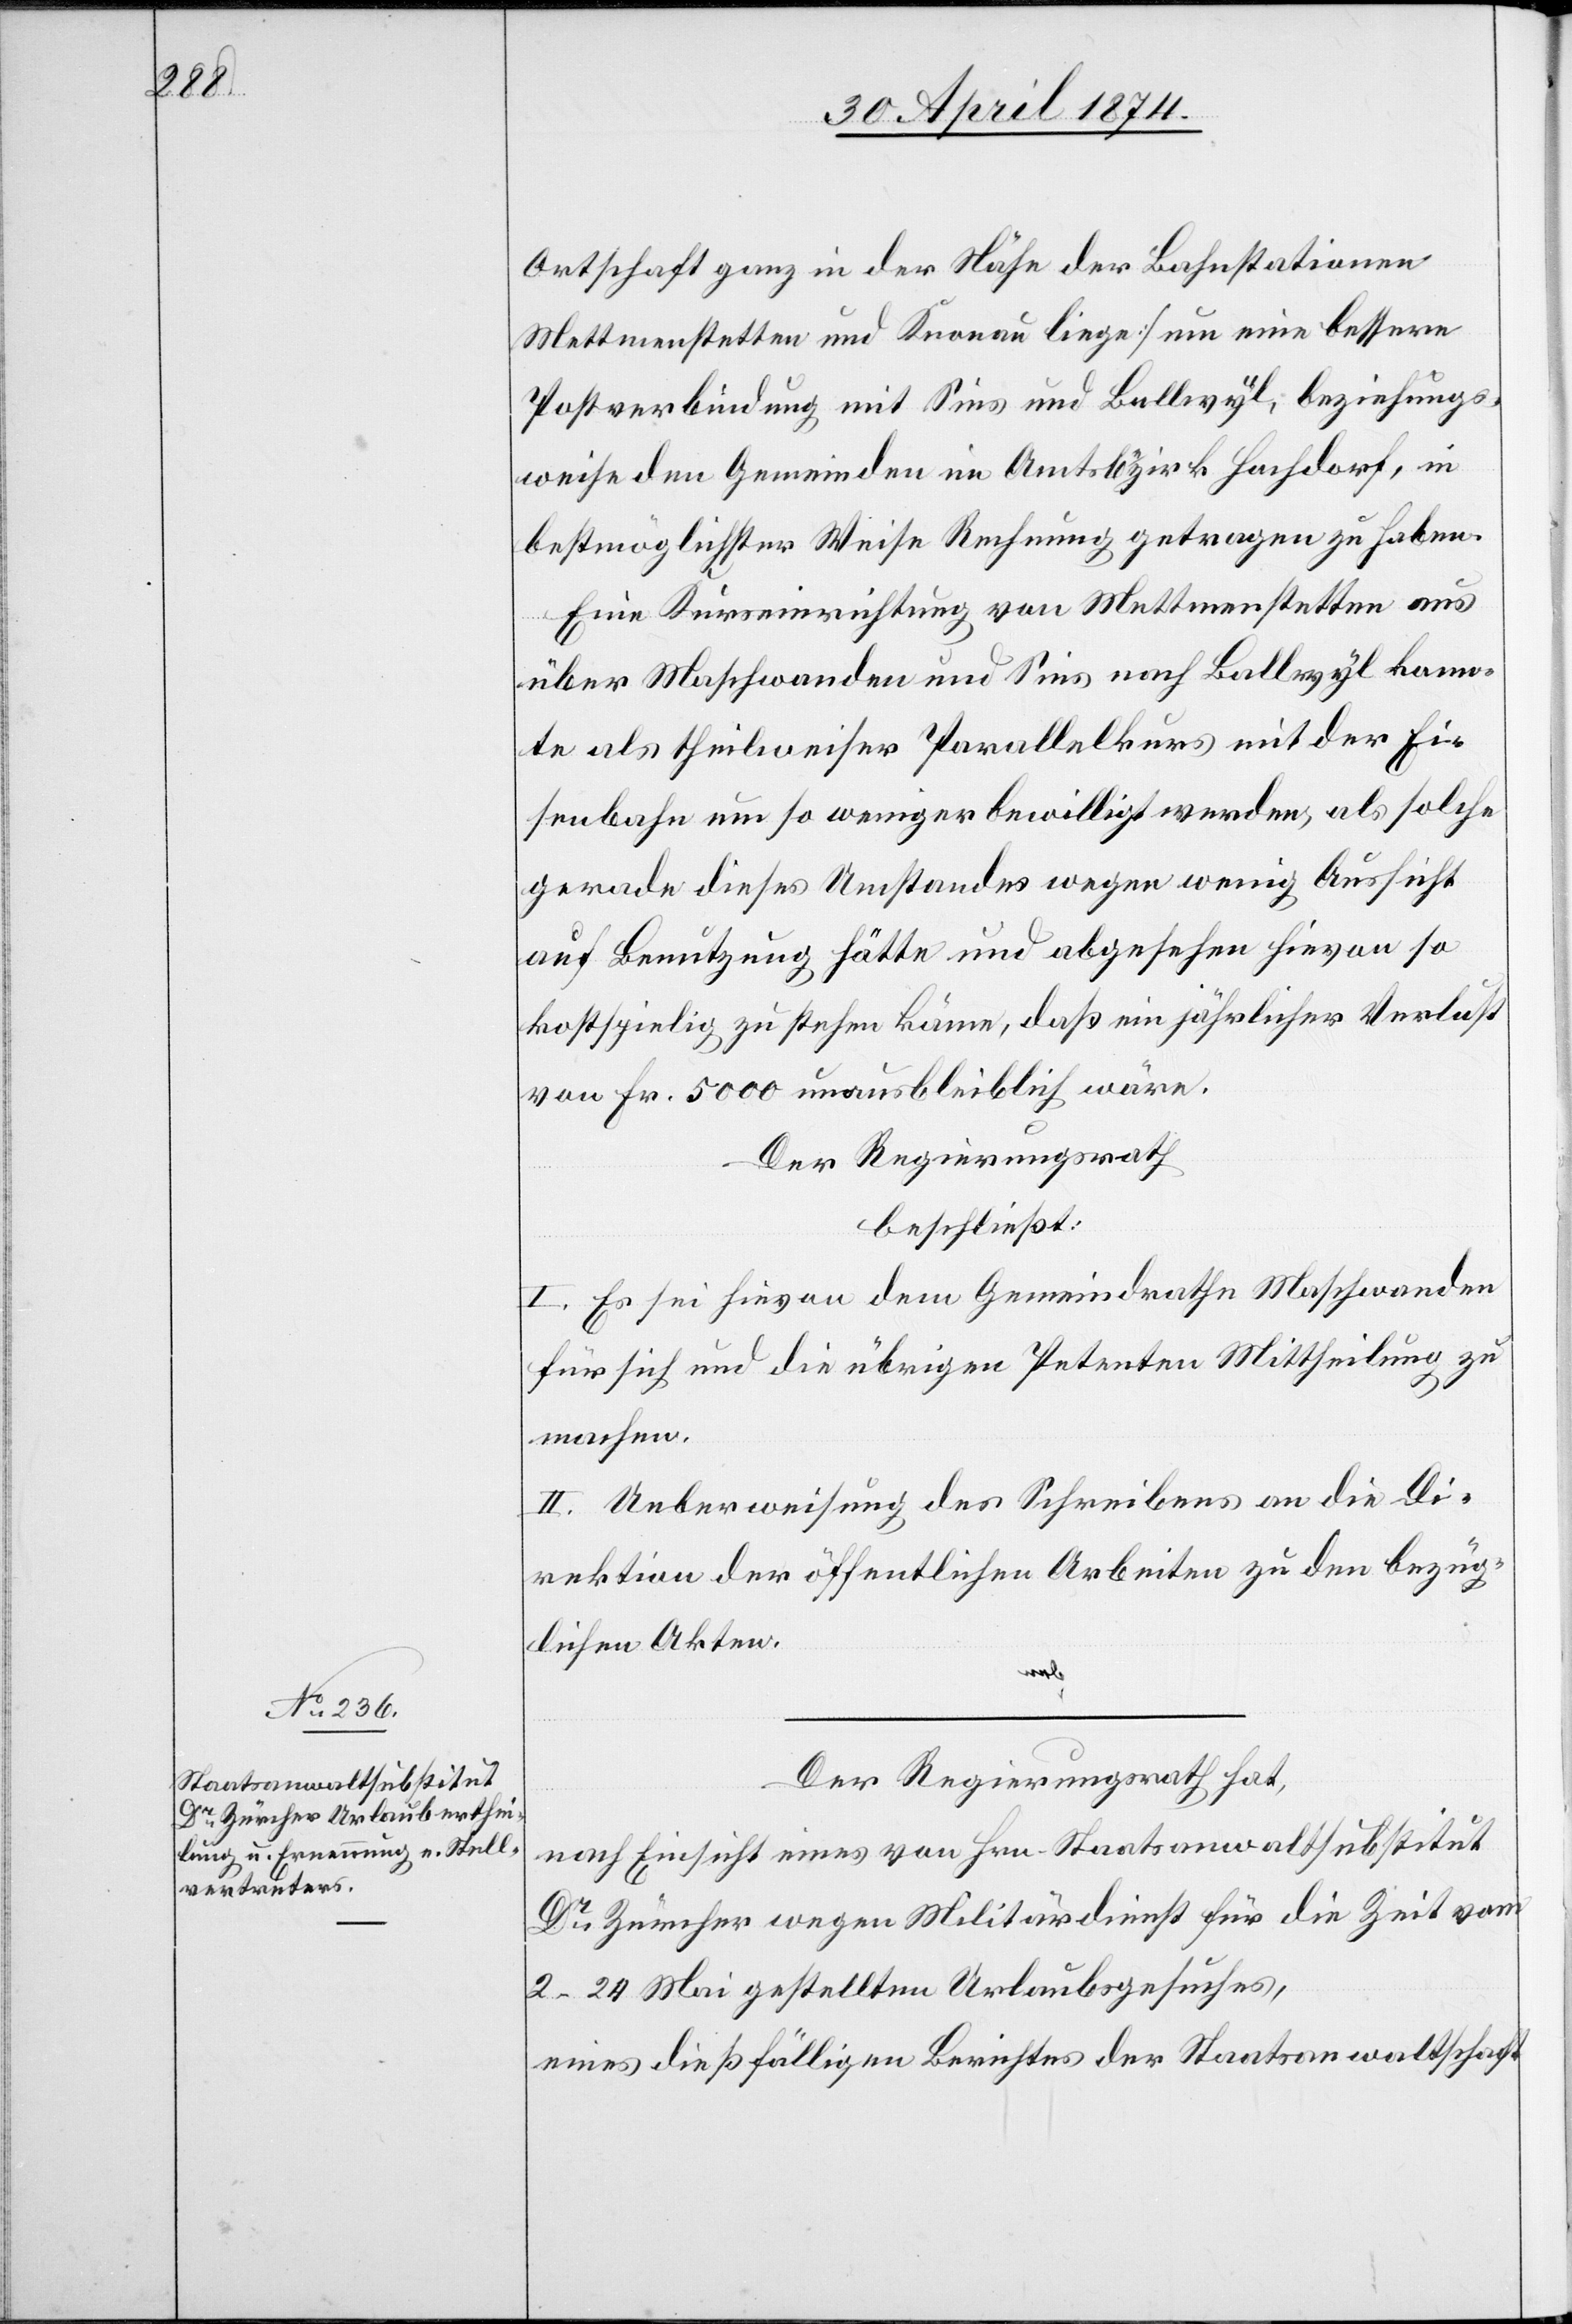
Ortschaft ganz in der nähe der Bahnstationen
Mettmenstetten und Knonau liege] um eine bessere
Postverbindung mit Sins und Ballwyl, beziehungs¬
weise den Gemeinden im Amtsbezirk Hochdorf, in
bestmöglichster Weise Rechnung getragen zu haben.
Eine Kurseinrichtung von Mettmenstetten aus
über Maschwanden und Sins nach Ballwyl kann¬
te als theilweiser Parallelkurs mit der Ei¬
senbahn um so weniger bewilligt werden, als solche
gerade dieses Umstandes wegen wenig Aussicht
auf Benutzung hätte und abgesehen hievon so
kostspielig zu stehen käme, daß ein jährlicher Verlust
von Fr. 5000 unausbleiblich wäre.
Der Regierungsrath
beschließt:
I. Es sei hievon dem Gemeindrathe Maschwanden
für sich und die übrigen Petenten Mittheilung zu
machen.
II. Ueberweisung des Schreibens an die Di¬
rektion der öffentlichen Arbeiten zu den bezüg¬
lichen Akten.
Der Regierungsrath hat,
nach Einsicht eines von Hrn. Staatsanwaltsubstitut
Dr Zürcher wegen Militärdienst für die Zeit vom
2–24. Mai gestellten Urlaubsgesuches,
eines dießfälligen Berichtes der Staatsanwaltschaft